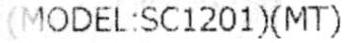
(MODEL:SC1201)(MT)